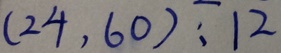
( 2 4 , 6 0 ) : 1 2